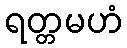
ရတ္တမဟံ